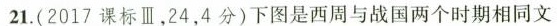
21.(2017课标Ⅲ，24，4分)下图是西周与战国两个时期相同文